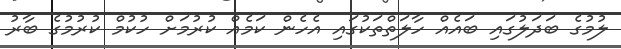
ލުމުގެ ބަދަލުގައި ބައެއް ހާލަތްތަކުގައި އެހެން ކަމެއް ކުރުމަށް ހުކުމް ކުރުމުގެ ބާރު